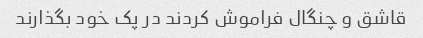
قاشق و چنگال فراموش کردند در پک خود بگذارند